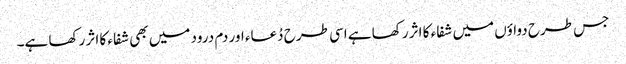
جس طرح دواؤں میں شفاء کا اثر رکھا ہے اسی طرح دُعاء اور دم درود میں بھی شفاء کا اثر رکھا ہے۔